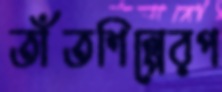
তাঁতশিল্পেরপ